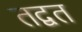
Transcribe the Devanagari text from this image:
तद्वत